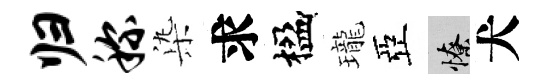
归称𣑱求楹瓏亞憭犬